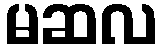
မဆလ